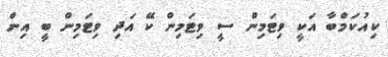
ކިއުކަމްބާ އަކީ ވިޓަމިން ސީ ވިޓަމިން ކޭ އަދި ވިޓަމިން ބީ އިން